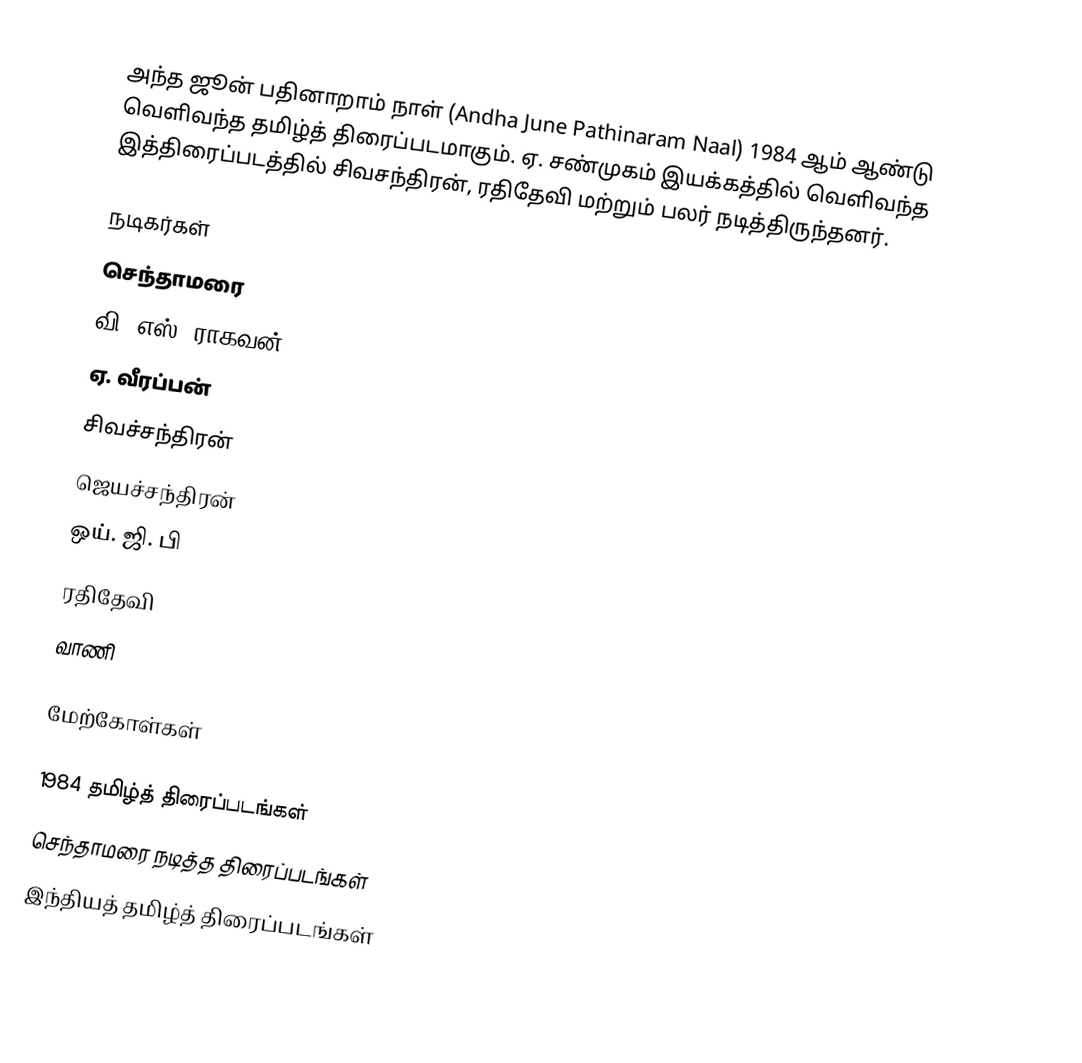
அந்த ஜூன் பதினாறாம் நாள் (Andha June Pathinaram Naal) 1984 ஆம் ஆண்டு வெளிவந்த தமிழ்த் திரைப்படமாகும். ஏ. சண்முகம் இயக்கத்தில் வெளிவந்த இத்திரைப்படத்தில் சிவசந்திரன், ரதிதேவி மற்றும் பலர் நடித்திருந்தனர்.

நடிகர்கள்
 செந்தாமரை
 வி. எஸ். ராகவன்
 ஏ. வீரப்பன்
 சிவச்சந்திரன்
 ஜெயச்சந்திரன்
 ஒய். ஜி. பி
 ரதிதேவி
 வாணி

மேற்கோள்கள்

1984 தமிழ்த் திரைப்படங்கள்
செந்தாமரை நடித்த திரைப்படங்கள்
இந்தியத் தமிழ்த் திரைப்படங்கள்